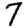
Digit: 7